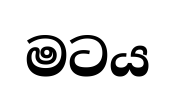
මටය